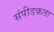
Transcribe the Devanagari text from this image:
संपीडकता